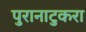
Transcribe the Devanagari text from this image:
पुरानाटुकरा